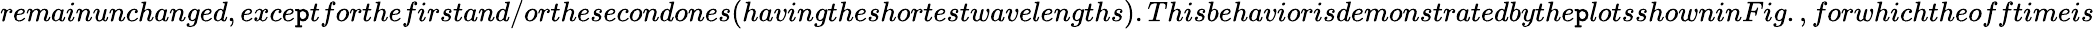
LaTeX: remainunchanged,exce\mathtt{p}tforthefirstand/orthesecondones(havingtheshortestwavelengths).Thisbehaviorisdemonstratedbythe\mathtt{p}lotsshowninFig.,forwhichtheofftimeis